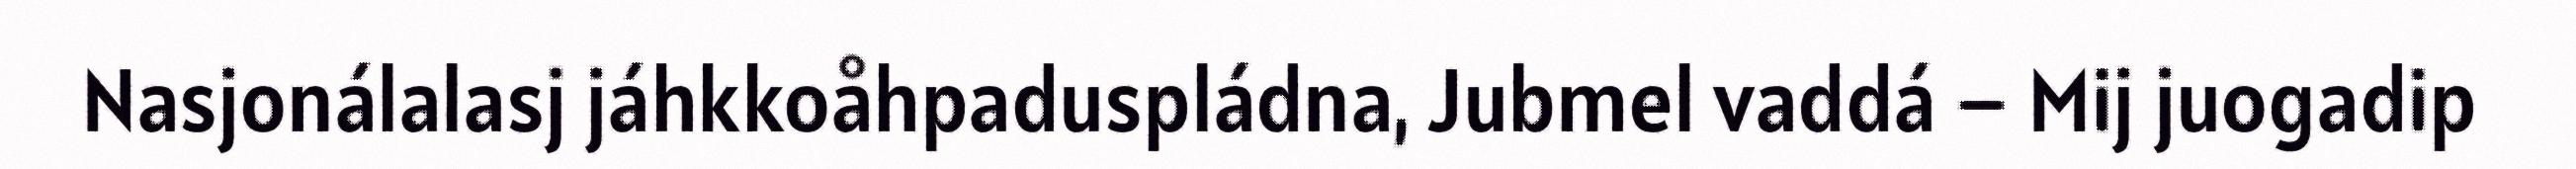
Nasjonálalasj jáhkkoåhpaduspládna, Jubmel vaddá – Mij juogadip